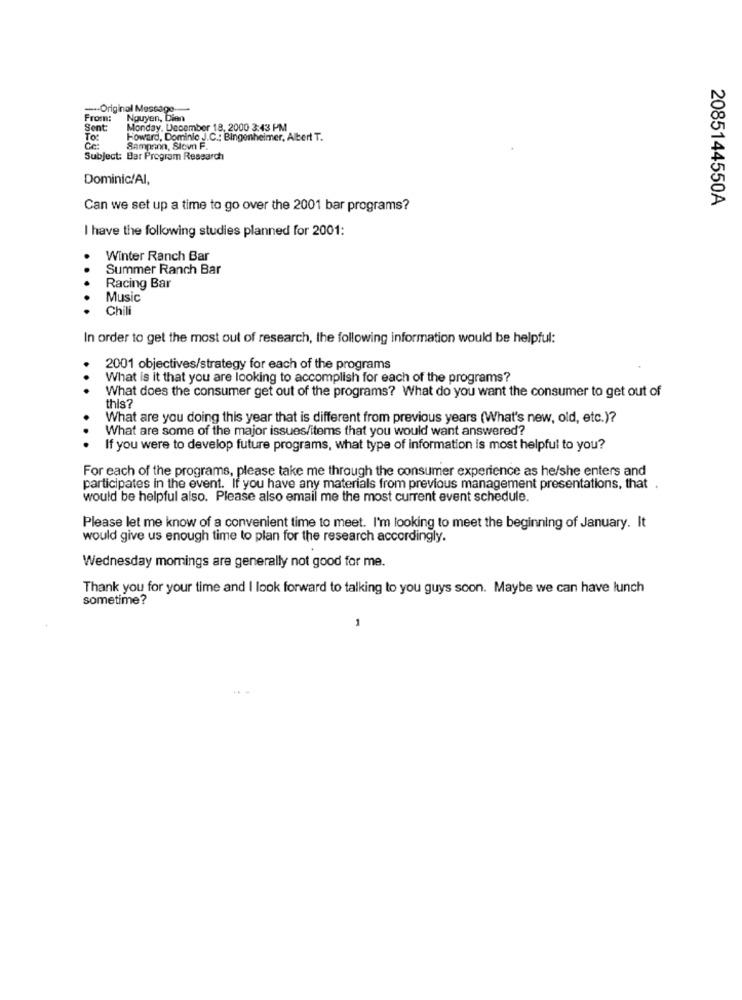
--- Original Message-
From:
Nguyen, Dian
Sent:
Monday, December 18, 2000 3:43 PM
To:
Howard, Dominio J.C .: Bingenheimer, Albert T.
Ce
Sampson, Stown F.
Subject: Bar Program Research
Dominic!Al,
2085144550A
Can we set up a time to go over the 2001 bar programs?
I have the following studies planned for 2001:
Winter Ranch Bar
..
Summer Ranch Bar
Racing Bar
Music
Chili
In order to get the most out of research, the following information would be helpful:
2001 objectives/strategy for each of the programs
What is it that you are looking to accomplish for each of the programs?
...
What does the consumer get out of the programs? What do you want the consumer to get out of
this?
What are you doing this year that is different from previous years (What's new, old, etc.)?
What are some of the major issues/items that you would want answered?
...
If you were to develop future programs, what type of information is most helpful to you?
For each of the programs, please take me through the consumer experience as he/she enters and
participates in the event. If you have any materials from previous management presentations, that
would be helpful also. Please also email me the most current event schedule.
Please let me know of a convenient time to meet. I'm looking to meet the beginning of January. It
would give us enough time to plan for the research accordingly.
Wednesday momings are generally not good for me.
Thank you for your time and I look forward to talking to you guys soon. Maybe we can have lunch
sometime?
1